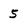
Character: 5